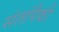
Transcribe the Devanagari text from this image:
संतांपैकी